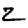
Digit: 2